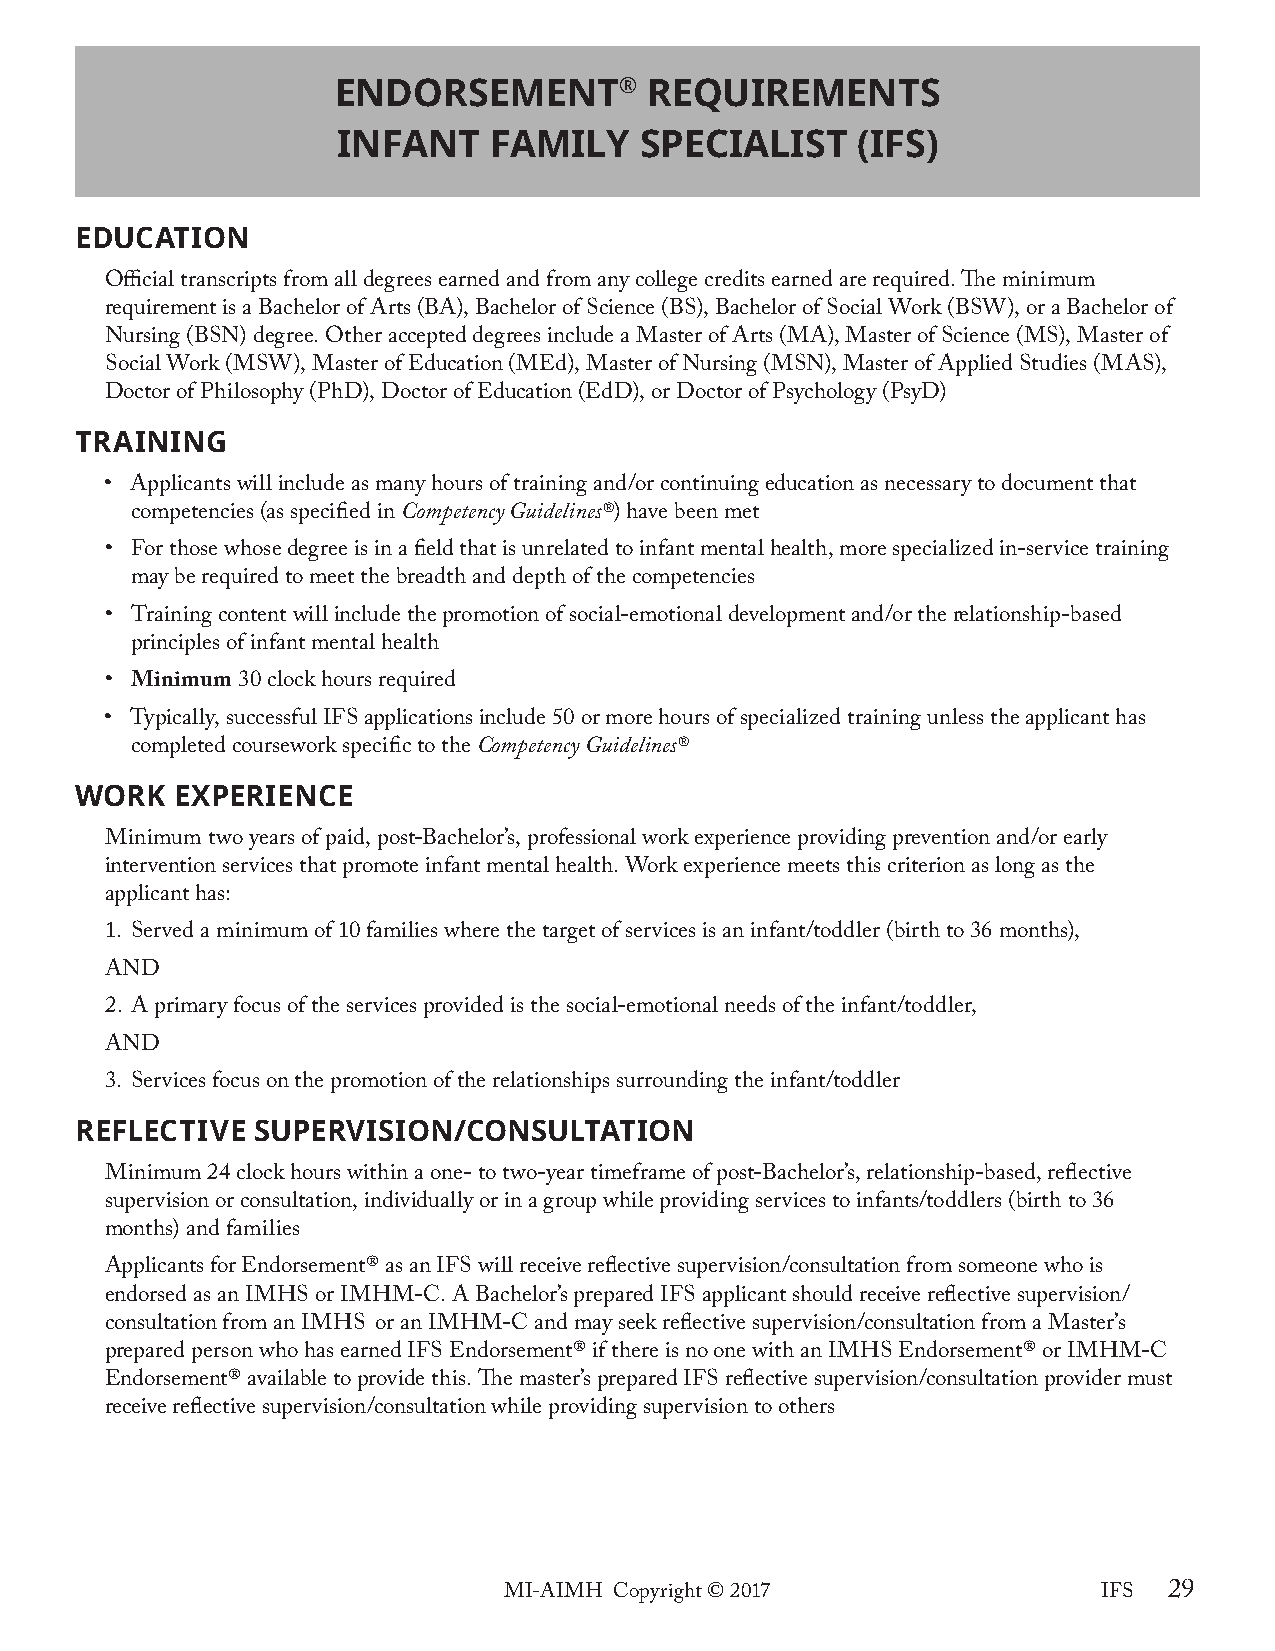
endorseMent®         reQUireMents
 infAnt    fAMily    sPeciAlist     (ifs)
 edUcAtion
 Official transcripts from all degrees earned and from any college credits earned are required. The minimum
 requirement is a Bachelor of Arts (BA), Bachelor of Science (BS), Bachelor of Social Work (BSW), or a Bachelor of
 Nursing (BSN) degree. Other accepted degrees include a Master of Arts (MA), Master of Science (MS), Master of
 Social Work (MSW), Master of Education (MEd), Master of Nursing (MSN), Master of Applied Studies (MAS),
 Doctor of Philosophy (PhD), Doctor of Education (EdD), or Doctor of Psychology (PsyD)
 trAining
 • Applicants will include as many hours of training and/or continuing education as necessary to document that
 competencies (as specified in Competency Guidelines®) have been met
 • For those whose degree is in a field that is unrelated to infant mental health, more specialized in-service training
 may be required to meet the breadth and depth of the competencies
 • Training content will include the promotion of social-emotional development and/or the relationship-based
 principles of infant mental health
 • Minimum 30 clock hours required
 • Typically, successful IFS applications include 50 or more hours of specialized training unless the applicant has
 completed coursework specific to the Competency Guidelines®
 work  exPerience
 Minimum two years of paid, post-Bachelor’s, professional work experience providing prevention and/or early
 intervention services that promote infant mental health. Work experience meets this criterion as long as the
 applicant has:
 1. Served a minimum of 10 families where the target of services is an infant/toddler (birth to 36 months),
 AND
 2. A primary focus of the services provided is the social-emotional needs of the infant/toddler,
 AND
 3. Services focus on the promotion of the relationships surrounding the infant/toddler
 reflective  sUPervision/consUltAtion
 Minimum 24 clock hours within a one- to two-year timeframe of post-Bachelor’s, relationship-based, reflective
 supervision or consultation, individually or in a group while providing services to infants/toddlers (birth to 36
 months) and families
 Applicants for Endorsement® as an IFS will receive reflective supervision/consultation from someone who is
 endorsed as an IMHS or IMHM-C. A Bachelor’s prepared IFS applicant should receive reflective supervision/
 consultation from an IMHS or an IMHM-C and may seek reflective supervision/consultation from a Master’s
 prepared person who has earned IFS Endorsement® if there is no one with an IMHS Endorsement® or IMHM-C
 Endorsement® available to provide this. The master’s prepared IFS reflective supervision/consultation provider must
 receive reflective supervision/consultation while providing supervision to others
 M I-AIMH Copyright © 2017               IFS 29